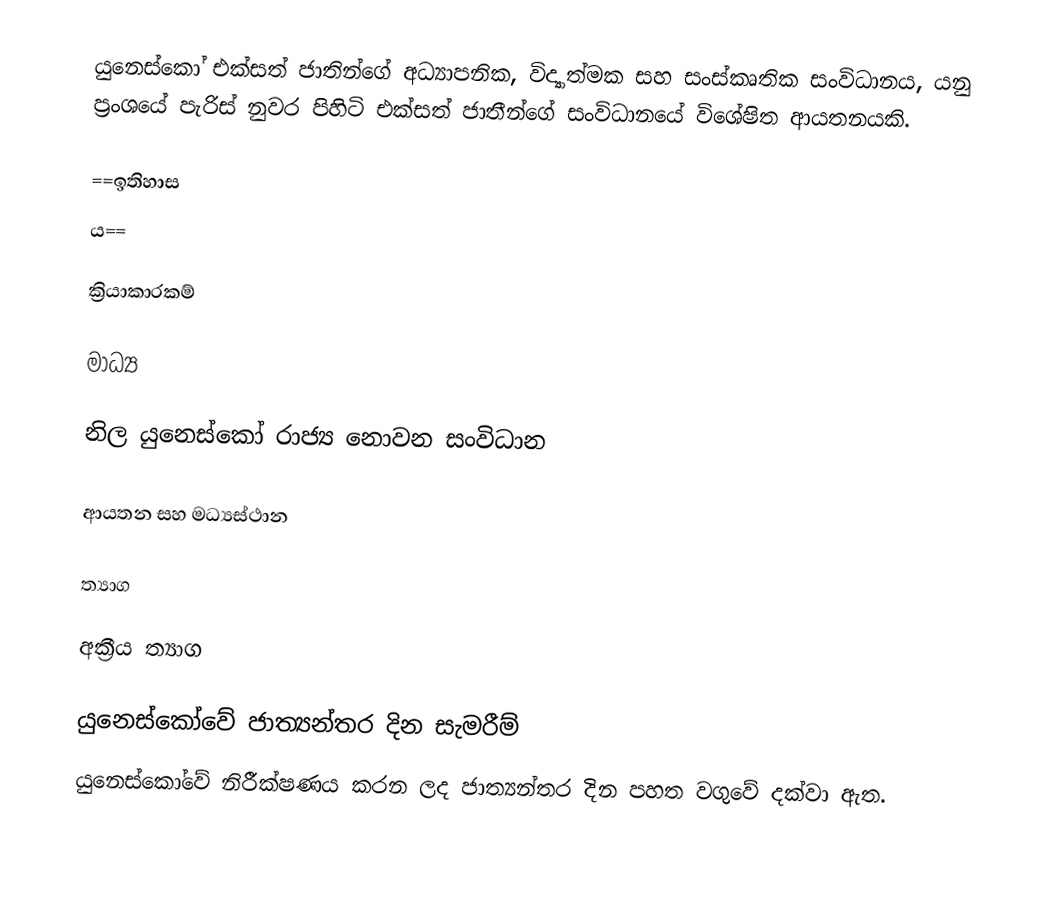
යුනෙස්කෝ එක්සත් ජාතින්ගේ අධ්‍යාපනික, විද්‍යාත්මක සහ සංස්කෘතික සංවිධානය, යනු ප්‍රංශයේ පැරිස් නුවර පිහිටි එක්සත් ජාතීන්ගේ සංවිධානයේ විශේෂිත ආයතනයකි.

==ඉතිහාස
ය==

ක්‍රියාකාරකම්

මාධ්‍ය

නිල යුනෙස්කෝ රාජ්‍ය නොවන සංවිධාන

ආයතන සහ මධ්‍යස්ථාන

ත්‍යාග

අක්‍රීය ත්‍යාග

යුනෙස්කෝවේ ජාත්‍යන්තර දින සැමරීම්
යුනෙස්කෝවේ නිරීක්ෂණය කරන ලද ජාත්‍යන්තර දින පහත වගුවේ දක්වා ඇත.